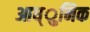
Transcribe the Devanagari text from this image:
आध्ुनिक